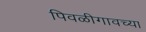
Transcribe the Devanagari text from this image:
पिवळीगावच्या